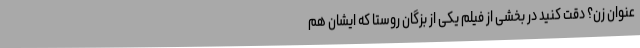
عنوان زن؟ دقت کنید در بخشی از فیلم یکی از بزگان روستا که ایشان هم